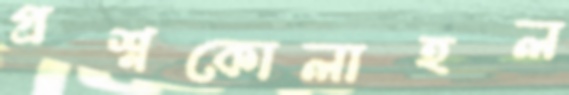
প্রশ্নকোলাহল